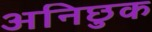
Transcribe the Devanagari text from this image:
अनिछुक